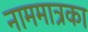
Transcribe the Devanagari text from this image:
नाममात्रका